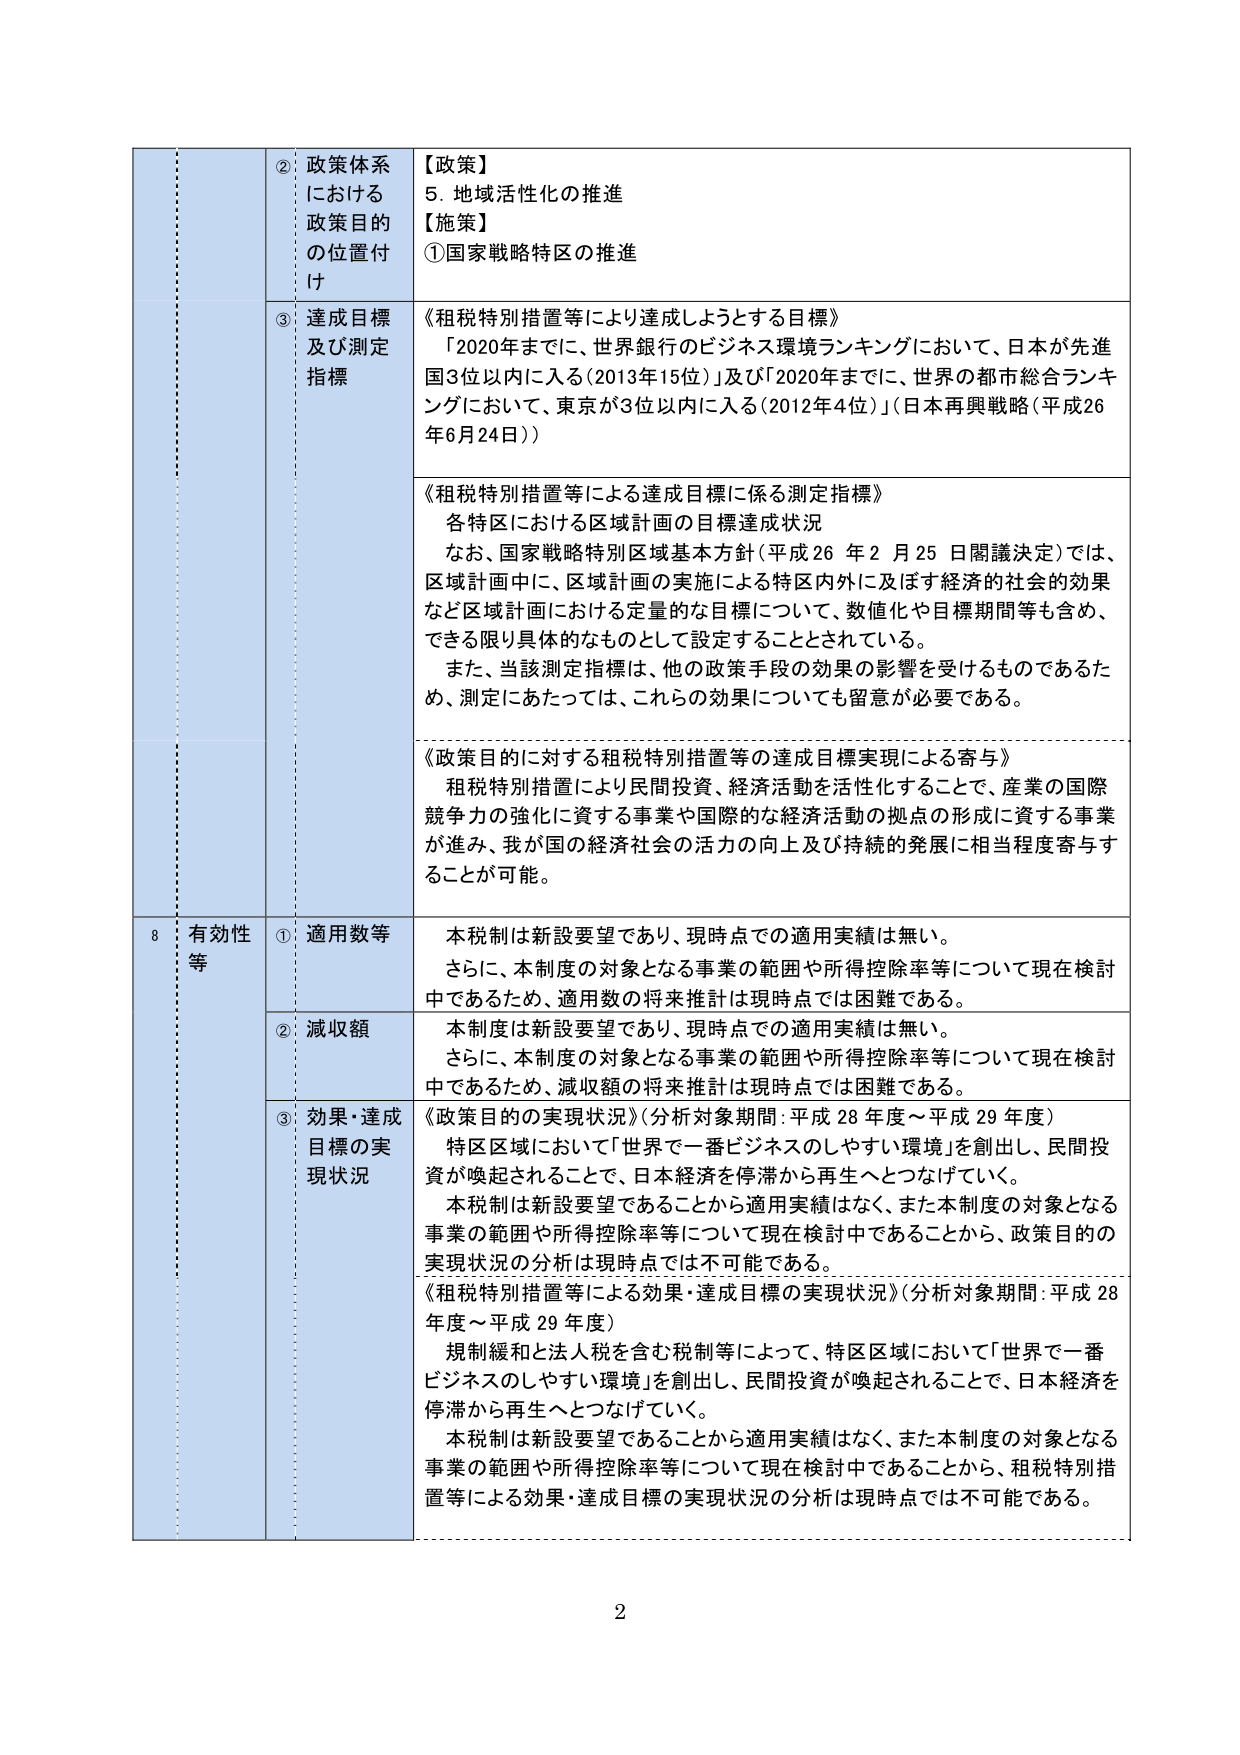
② 政策体系における政策目的の位置付け
【政策】
5. 地域活性化の推進
【施策】
①国家戦略特区の推進

③ 達成目標及び測定指標
《租税特別措置等により達成しようとする目標》
「2020年までに、世界銀行のビジネス環境ランキングにおいて、日本が先進国3位以内に入る（2013年15位）」及び「2020年までに、世界の都市総合ランキングにおいて、東京が3位以内に入る（2012年4位）」（日本再興戦略（平成26年6月24日））

《租税特別措置等による達成目標に係る測定指標》
各特区における区域計画の目標達成状況
なお、国家戦略特別区域基本方針（平成26年2月25日閣議決定）では、区域計画中に、区域計画の実施による特区内外に及ぼす経済的・社会的効果など区域計画における定量的な目標について、数値化や目標期間等も含め、できる限り具体的なものとして設定することとされている。
また、当該測定指標は、他の政策手段の効果の影響を受けるものであるため、測定にあたっては、これらの効果についても留意が必要である。

《政策目的に対する租税特別措置等の達成目標実現による寄与》
租税特別措置により民間投資、経済活動を活性化することで、産業の国際競争力の強化に資する事業や国際的な経済活動の拠点の形成に資する事業が進み、我が国の経済社会の活力の向上及び持続的発展に相当程度寄与することが可能。

8 有効性等
① 適用数等
本税制は新設要望であり、現時点での適用実績は無い。
さらに、本制度の対象となる事業の範囲や所得控除率等について現在検討中であるため、適用数の将来推計は現時点では困難である。

② 減収額
本制度は新設要望であり、現時点での適用実績は無い。
さらに、本制度の対象となる事業の範囲や所得控除率等について現在検討中であるため、減収額の将来推計は現時点では困難である。

③ 効果・達成目標の実現状況
《政策目的の実現状況》（分析対象期間：平成28年度～平成29年度）
特区区域において「世界で一番ビジネスのしやすい環境」を創出し、民間投資が喚起されることで、日本経済を停滞から再生へとつなげていく。
本税制は新設要望であることから適用実績はなく、また本制度の対象となる事業の範囲や所得控除率等について現在検討中であることから、政策目的の実現状況の分析は現時点では不可能である。

《租税特別措置等による効果・達成目標の実現状況》（分析対象期間：平成28年度～平成29年度）
規制緩和と法人税を含む税制等によって、特区区域において「世界で一番ビジネスのしやすい環境」を創出し、民間投資が喚起されることで、日本経済を停滞から再生へとつなげていく。
本税制は新設要望であることから適用実績はなく、また本制度の対象となる事業の範囲や所得控除率等について現在検討中であることから、租税特別措置等による効果・達成目標の実現状況の分析は現時点では不可能である。

2